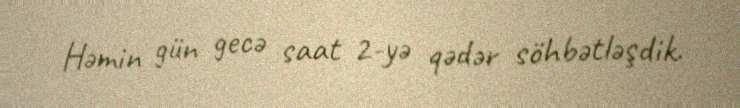
Həmin gün gecə saat 2-yə qədər söhbətləşdik.